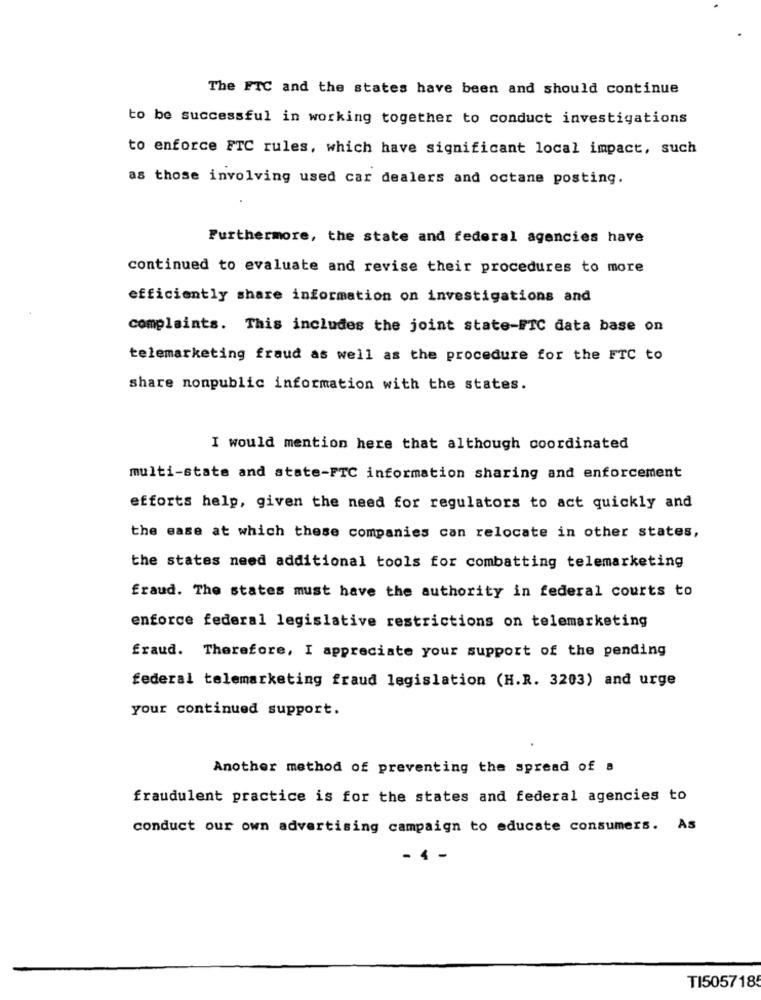
The FTC and the states have been and should continue
to be successful in working together to conduct investigations
to enforce FTC rules, which have significant local impact, such
as those involving used car dealers and octane posting.
Furthermore, the state and federal agencies have
continued to evaluate and revise their procedures to more
efficiently share information on investigations and
complaints. This includes the joint state-FTC data base on
telemarketing fraud as well as the procedure for the FTC to
share nonpublic information with the states.
I would mention here that although coordinated
multi-state and state-FTC information sharing and enforcement
efforts help, given the need for regulators to act quickly and
the ease at which these companies can relocate in other states,
the states need additional tools for combatting telemarketing
fraud. The states must have the authority in federal courts to
enforce federal legislative restrictions on telemarketing
fraud. Therefore, I appreciate your support of the pending
federal telemarketing fraud legislation (H.R. 3203) and urge
your continued support.
Another method of preventing the spread of a
fraudulent practice is for the states and federal agencies to
conduct our own advertising campaign to educate consumers. As
- 4 -
TI505718